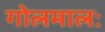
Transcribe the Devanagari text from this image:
गोलमालः